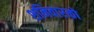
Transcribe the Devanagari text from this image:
शनिवारको